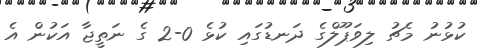
ކުޅުނު މެޗު ލިވަޕޫލްގެ ދަނޑުގައި ކުޅެ 0-2 ގެ ނަތީޖާ އަކުން އެ